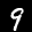
Label: 9